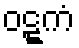
ဝဋ္ဋကံ